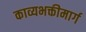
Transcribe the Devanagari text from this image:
काव्यभक्तीमार्ग